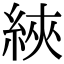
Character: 綊